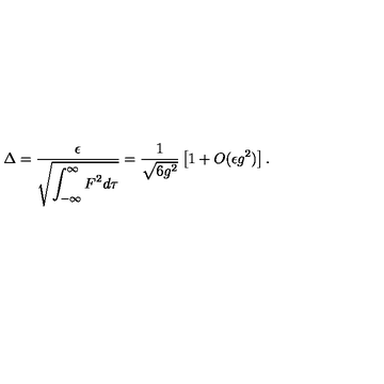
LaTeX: \Delta = \frac { \epsilon } { \sqrt { \displaystyle \int _ { - \infty } ^ { \infty } F ^ { 2 } d \tau } } = \frac { 1 } { \sqrt { 6 g ^ { 2 } } } \left[ 1 + O ( \epsilon g ^ { 2 } ) \right] .